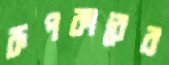
রূপকারের